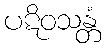
ပဋိဝသန္တံ